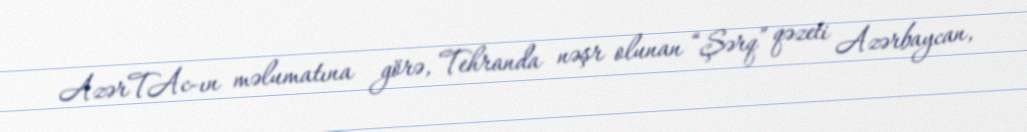
AzərTAc-ın məlumatına görə, Tehranda nəşr olunan “Şərq” qəzeti Azərbaycan,